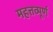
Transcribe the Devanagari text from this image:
महत्तव्पूर्ण